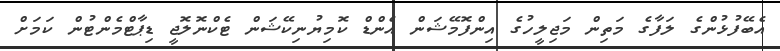
އެބޭފުޅުންގެ ލަފާގެ މަތިން މަޖިލީހުގެ އިންފޮމޭޝަން އެންޑް ކޮމިޔުނިކޭޝަން ޓެކްނޮލޮޖީ ޑިޕާޓްމެންޓުން ކަމަށް